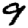
Digit: 9